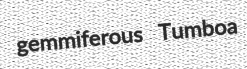
gemmiferous Tumboa